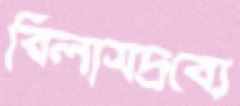
বিলাসদ্রব্যে